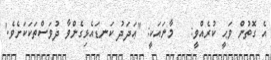
އެ ގޮތުން ވަޙީ ކުރެއްވީ:   މާނައަކީ: ''ޢަދަދު ކަނޑައެޅިގެންވާ ދުވަސްތަކަކަށެވެ.'